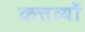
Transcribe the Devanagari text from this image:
कत्तर्व्यों